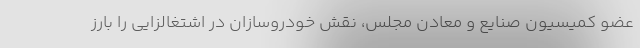
عضو كميسيون صنايع و معادن مجلس، نقش خودروسازان در اشتغالزايي را بارز